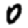
Digit: 0